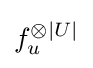
f_{u}^{\otimes |U|}